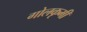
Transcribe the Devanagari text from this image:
गोलकृमी